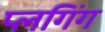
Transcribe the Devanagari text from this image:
प्लगिंग